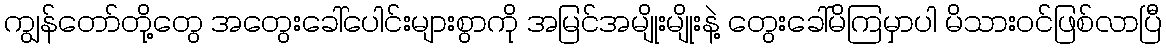
ကျွန်တော်တို့တွေ အတွေးခေါ်ပေါင်းများစွာကို အမြင်အမျိုးမျိုးနဲ့ တွေးခေါ်မိကြမှာပါ မိသားဝင်ဖြစ်လာပြီ